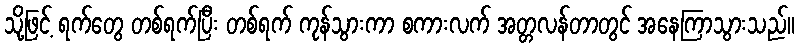
သို့ဖြင့် ရက်တွေ တစ်ရက်ပြီး တစ်ရက် ကုန်သွားကာ စကားလက် အတ္တလန်တာတွင် အနေကြာသွားသည်။